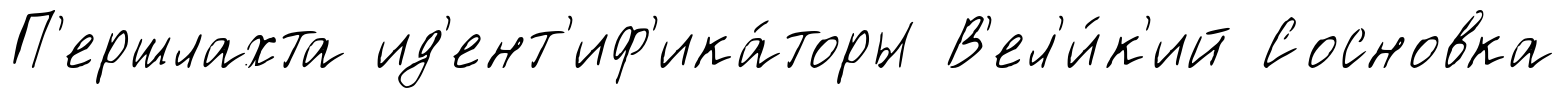
П'ершлахта ид'ент'иф'ика́торы В'ел'и́к'ий Сосновка